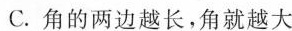
C.角的两边越长，角就越大